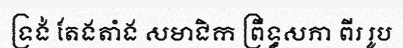
ទ្រង់ តែងតាំង សមាជិក ព្រឹទ្ធសភា ពីរ រូប